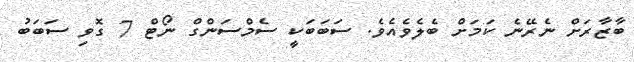
ބާޒާރަށް ނެރޭނެ ކަމަށް ބެލެވެއެވެ. ސަބަބަކީ ސެމްސަންގް ނޯޓް 7 ގޮވި ސަބަބު